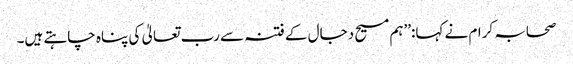
صحابہ کرام نے کہا:’’ہم مسیح دجال کے فتنہ سے رب تعالیٰ کی پناہ چاہتے ہیں۔